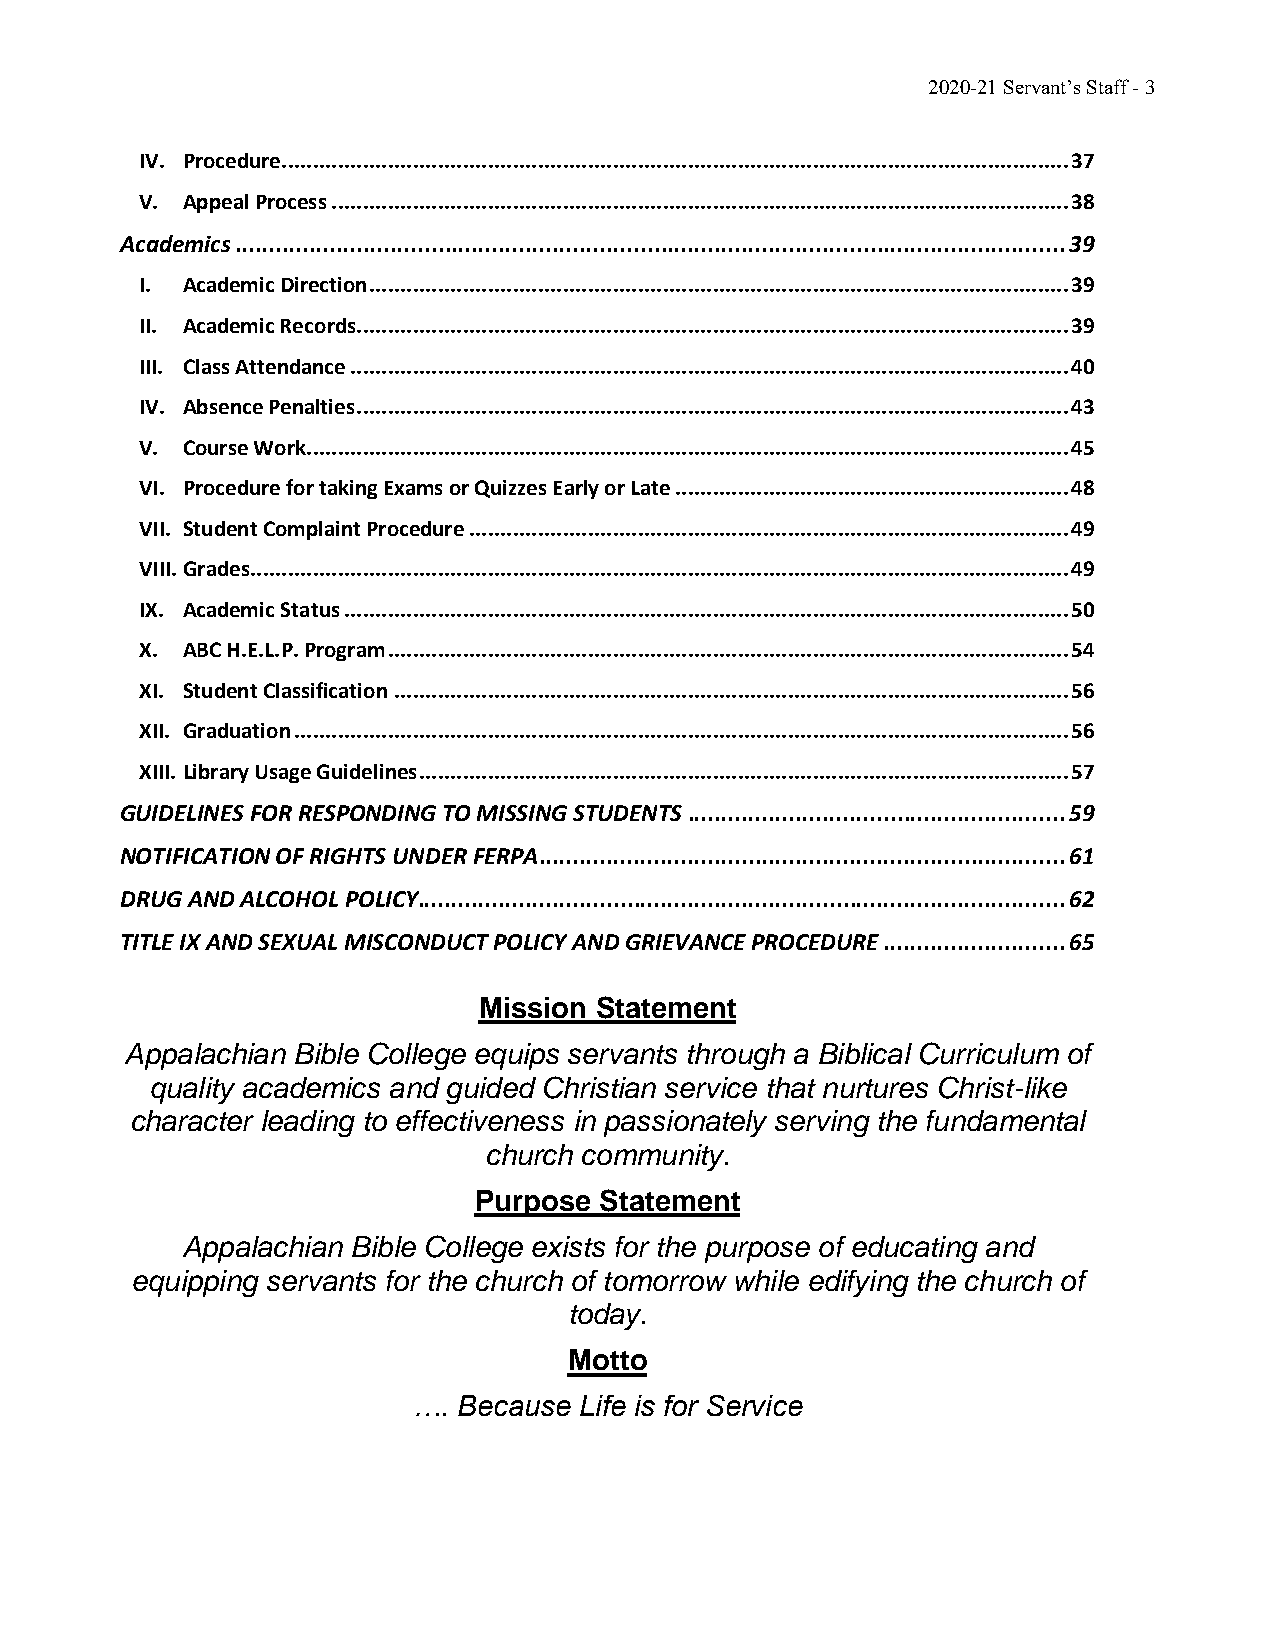
2020-21 Servant’s Staff - 3
 IV. Procedure .............................................................................................................................. 37
 V. Appeal Process ...................................................................................................................... 38
 Academics ........................................................................................................................... 39
 I. Academic Direction ................................................................................................................ 39
 II. Academic Records .................................................................................................................. 39
 III. Class Attendance ................................................................................................................... 40
 IV. Absence Penalties .................................................................................................................. 43
 V. Course Work .......................................................................................................................... 45
 VI. Procedure for taking Exams or Quizzes Early or Late ............................................................... 48
 VII. Student Complaint Procedure ................................................................................................ 49
 VIII. Grades ................................................................................................................................... 49
 IX. Academic Status .................................................................................................................... 50
 X. ABC H.E.L.P. Program ............................................................................................................. 54
 XI. Student Classification ............................................................................................................ 56
 XII. Graduation ............................................................................................................................ 56
 XIII. Library Usage Guidelines ........................................................................................................ 57
 GUIDELINES FOR RESPONDING TO MISSING STUDENTS ........................................................ 59
 NOTIFICATION OF RIGHTS UNDER FERPA .............................................................................. 61
 DRUG AND ALCOHOL POLICY ................................................................................................ 62
 TITLE IX AND SEXUAL MISCONDUCT POLICY AND GRIEVANCE PROCEDURE ........................... 65
 Mission Statement
 Appalachian Bible College equips servants through a Biblical Curriculum of
 quality academics and guided Christian service that nurtures Christ-like
 character leading to effectiveness in passionately serving the fundamental
 church community.
 Purpose  Statement
 Appalachian Bible College exists for the purpose of educating and
 equipping servants for the church of tomorrow while edifying the church of
 today.
 Motto
 …. Because Life is for Service